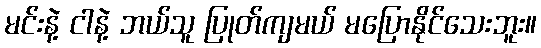
မင်းနဲ့ ငါနဲ့ ဘယ်သူ ပြုတ်ကျမယ် မပြောနိုင်သေးဘူး။